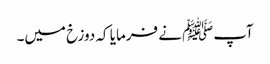
آپﷺ نے فرمایا کہ دوزخ میں۔